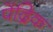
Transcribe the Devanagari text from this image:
पेंद्रिक